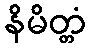
နိမိတ္တံ